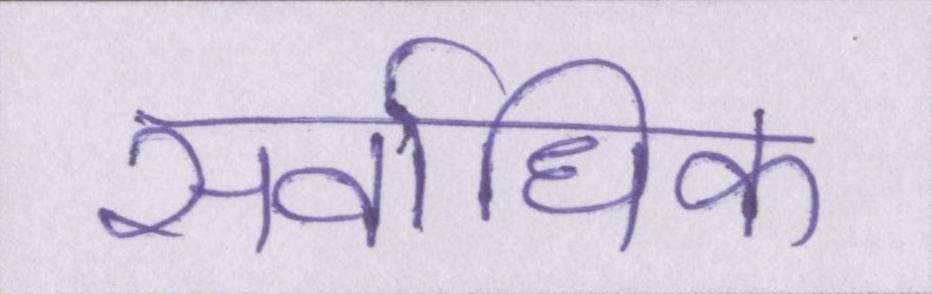
सर्वाधिक